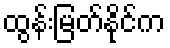
ထွန်းမြတ်နိုင်က